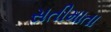
સતીમાતા